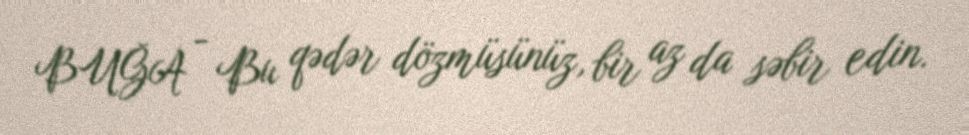
BUĞA - Bu qədər dözmüsünüz, bir az da səbir edin.